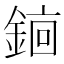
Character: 𬫫